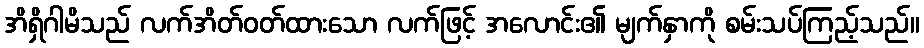
အိရှိဂါမိသည် လက်အိတ်ဝတ်ထားသော လက်ဖြင့် အလောင်း၏ မျက်နှာကို စမ်းသပ်ကြည့်သည်။